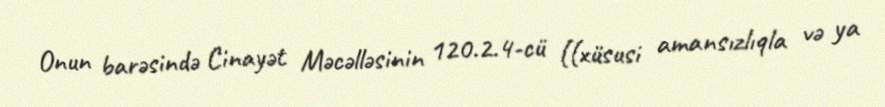
Onun barəsində Cinayət Məcəlləsinin 120.2.4-cü ((xüsusi amansızlıqla və ya